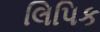
લિપિક